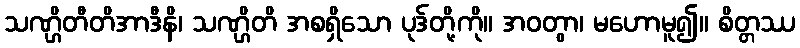
သဏ္ဌိတီတိအာဒီနိ၊ သဏ္ဌိတိ အစရှိသော ပုဒ်တို့ကို။ အဝတွာ၊ မဟောမူ၍။ စိတ္တဿ